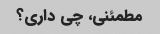
مطمئنی، چی داری؟